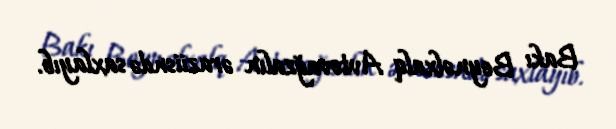
Bakı Beynəlxalq Avtovağzalın əraziisndə saxlayıb.